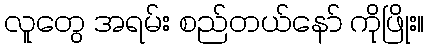
လူတွေ အရမ်း စည်တယ်နော် ကိုဖြိုး။